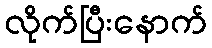
လိုက်ပြီးနောက်